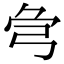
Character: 𢏃